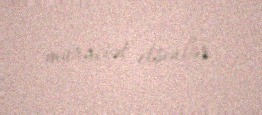
müraciət etsinlər.